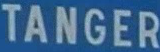
TANGER